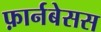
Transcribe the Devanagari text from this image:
फ़ार्नबेसस